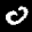
Label: 0